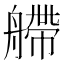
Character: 艜